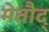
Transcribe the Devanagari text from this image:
मेतौद्